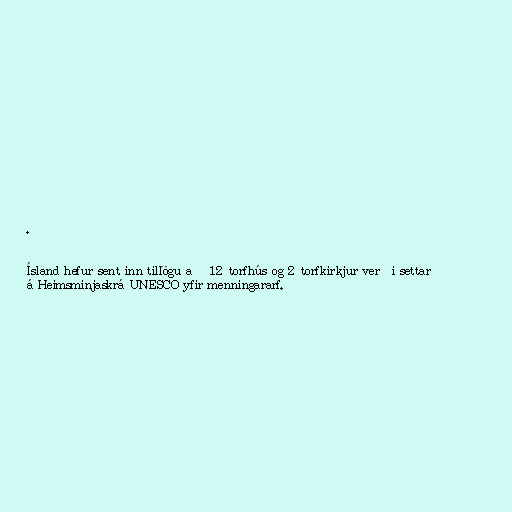
.

Ísland hefur sent inn tillögu að 12 torfhús og 2 torfkirkjur verði settar
á Heimsminjaskrá UNESCO yfir menningararf.